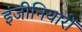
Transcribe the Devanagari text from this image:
इंजीनियारों